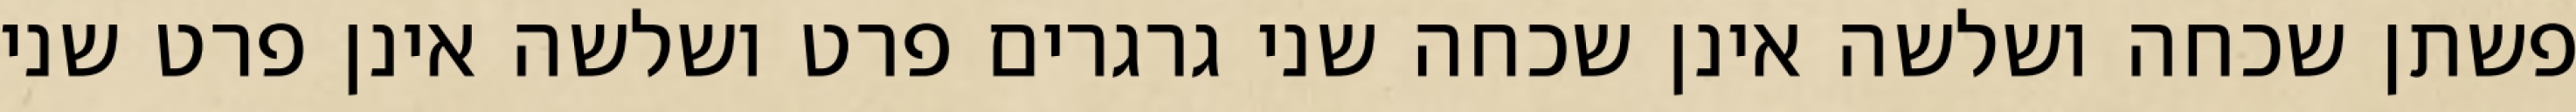
פשתן שכחה ושלשה אינן שכחה שני גרגרים פרט ושלשה אינן פרט שני